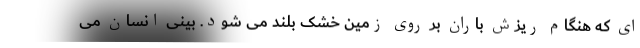
ای که هنگام ریزش باران بر روی زمین خشک بلند می شود. بینی انسان می